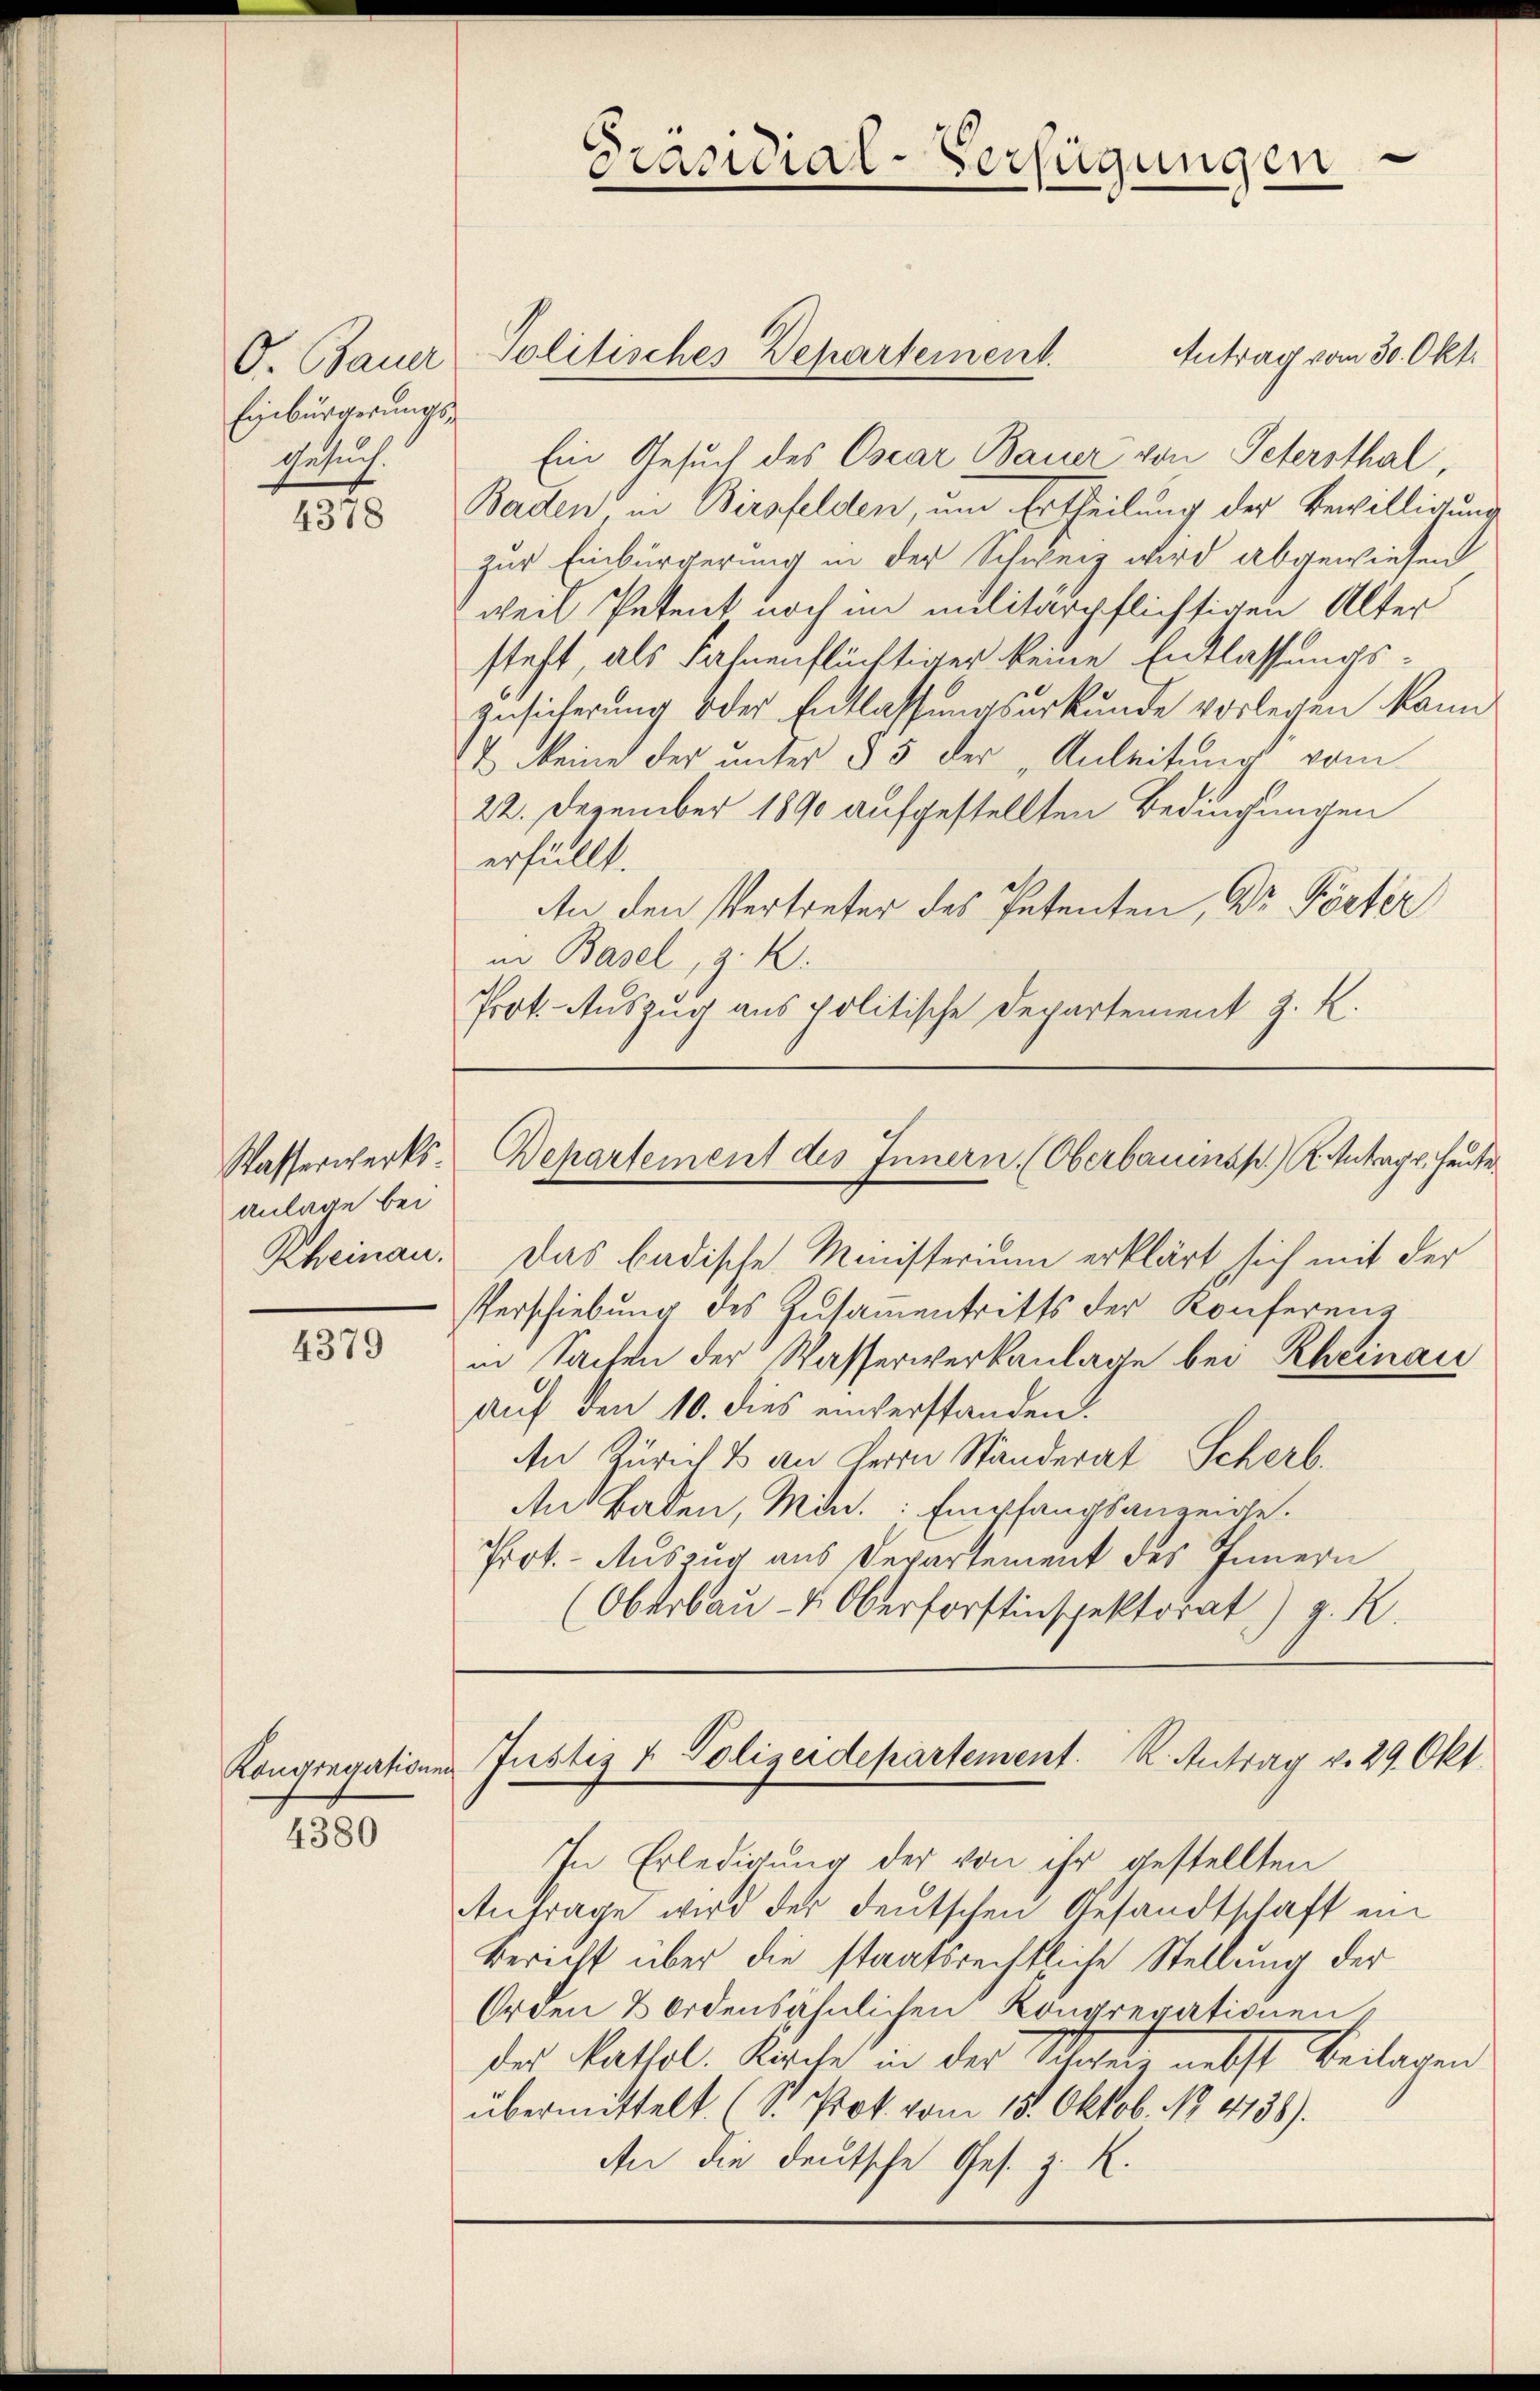
Einbürgerungs-
Gesuch.

4378

Anlage bei
Rheinau.

4379

Kongregation

4380

Antrag vom 30. Okt.
Ein Gesuch des Oscar Bauer von Petersthal,
Badten in Birsfelden, um Ertheilung der Bewilligung
zur Einbürgerung in der Schweiz wird abgewiesen
weil Petent noch im militärpflichtigen Alter
steht als Fahnenflüchtiger keine Entlassungs¬
Zusicherung oder Entlassungsurkunde vorlegen kann
& Meine der unter § 5 der „Anleitung vom
22. Dezember 1890 aufgestellten Bedingungen
erfüllt.
An den Vertreter des Petenten, Dr. Förter
in Basel, z. B.
Prot. Auszug aus politische Departement z. R.

Präsidial-Verfügungen

O. Bauer Politisches Departement.

Das badische Ministerium erklärt sich mit der
Verschiebung des Zusamentritts der Konferenz
in Sachen der Wasserwerkanlage bei Rheinau
auf den 10. dies einverstanden.
An Zürich & an Herrn Ständerat Scherb.
Ans Baden, Min. Empfangsanzeigte.
Prot. - Auszug aus Departement des Innern
(Oberbau- & Oberforstinspektorat) g. K.

In Erledigung der von ihr gestellten
Antrage wird der deutschen Gesandtschaft ein
Bericht über die staatsrechtliche Stellung der
Orden & Ordensähnlichen Kongregationen,
des Kathol. Kirche in der Schweiz nebst Beilagen
übermittelt. (S. Prok. vom 15. Oktob. No 4138).
An die deutsche Ges. z. R.

Wasserwerks-Departement des Innern. (Oberbauinsp) Antrags, heute

in Justiz & Polizeidepartement. K. Antrag v. 29. Okt.